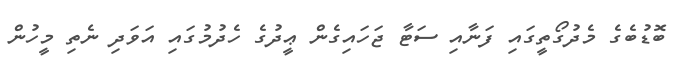
ބޮޑުބެގެ މެދުގޯތީގައި ފަނާއި ސަޓާ ޖަހައިގެން ޢީދުގެ ހެދުމުގައި އަވަދި ނެތި މީހުން